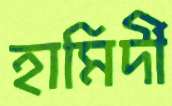
হামির্দী